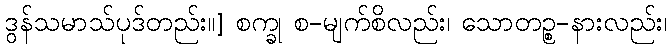
ဒွန်သမာသ်ပုဒ်တည်း။] စက္ခု စ-မျက်စိလည်း၊ သောတဉ္စ-နားလည်း၊